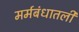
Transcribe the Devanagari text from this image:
मर्मबंधातली